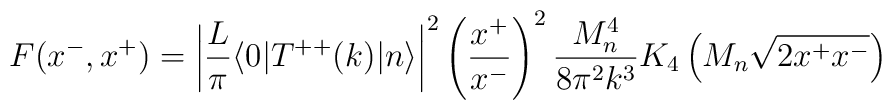
F(x^-,x^+)=\left|{L \over \pi} \langle 0 | T^{++}(k) |n \rangle \right|^2\left({x^+ \over x^-}\right)^2 {M_n^4 \over 8 \pi^2 k^3}K_4\left(M_n\sqrt{2 x^+ x^-}\right)